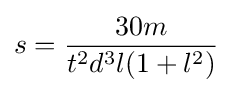
{s}={\frac {30m}{t^{2}d^{3}l(1+l^{2})}}